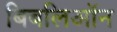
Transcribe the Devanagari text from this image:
बिबलिऑन